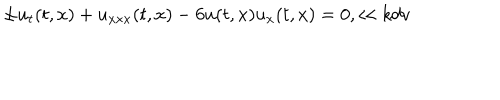
\pm u _ { t } ( t , x ) + u _ { x x x } ( t , x ) - 6 u ( t , x ) u _ { x } ( t , x ) = 0 , \ll { k d v }